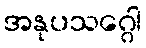
အနုပသဂ္ဂေါ